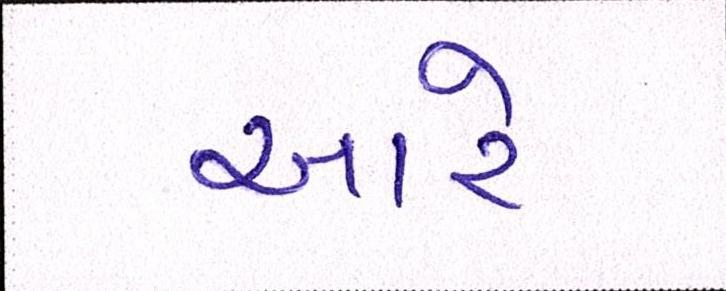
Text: આરે